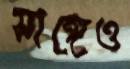
সাঙ্গেও